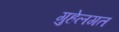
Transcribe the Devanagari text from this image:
गुहेलगत